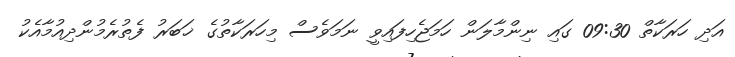
އަދި ހަރަކާތް 09:30 ގައި ނިންމާލަން ހަމަޖެހިފައިވީ ނަމަވެސް މިހަރަކާތުގެ ޚަބަރު ފެތުރެމުންދިއުމާއެކު